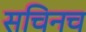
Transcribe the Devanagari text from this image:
सचिनच